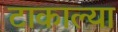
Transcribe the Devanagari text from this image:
टाकाल्या